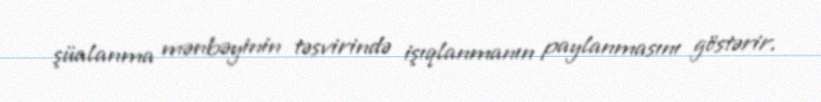
şüalanma mənbəyinin təsvirində işıqlanmanın paylanmasını göstərir.